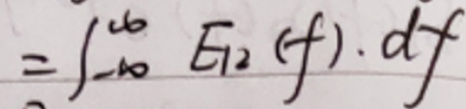
\[=\int_{-\infty}^{\infty} E_{12}(f)\cdot df\]